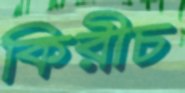
কিরীচ